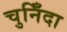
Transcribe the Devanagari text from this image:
चुनिँदा